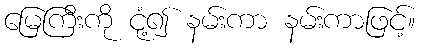
မြေကြီးကို ငုံ့၍ နမ်းကာ နမ်းကာဖြင့်။